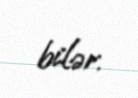
bilər.